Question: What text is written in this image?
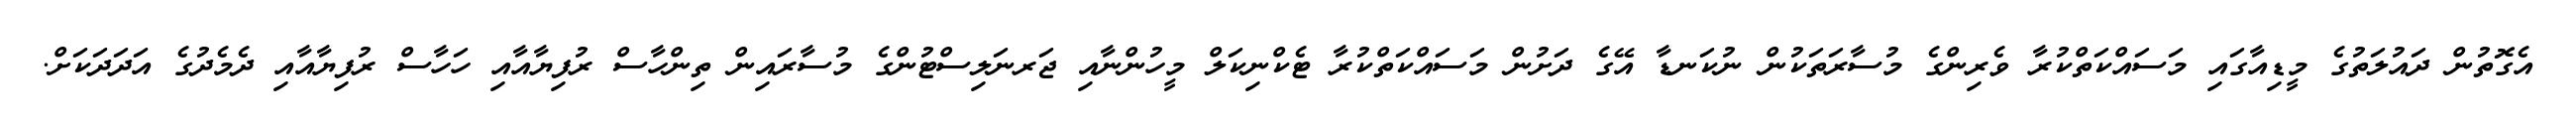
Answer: އެގޮތުން ދައުލަތުގެ މީޑިއާގައި މަސައްކަތްކުރާ ވެރިންގެ މުސާރަތަކުން ނުކަނޑާ އޭގެ ދަށުން މަސައްކަތްކުރާ ޓެކްނިކަލް މީހުންނާއި ޖަރނަލިސްޓުންގެ މުސާރައިން ތިންހާސް ރުފިޔާއާއި ހަހާސް ރުފިޔާއާއި ދެމެދުގެ އަދަދަކަށް.